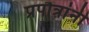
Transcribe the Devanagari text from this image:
प्रपौत्रांनी